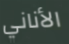
الأناني